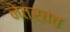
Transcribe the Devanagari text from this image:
नेत्रतव